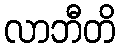
လာဘီတိ